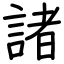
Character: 諸